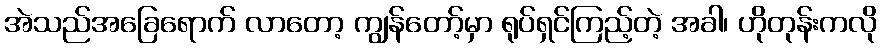
အဲသည်အခြေရောက် လာတော့ ကျွန်တော့်မှာ ရုပ်ရှင်ကြည့်တဲ့ အခါ၊ ဟိုတုန်းကလို